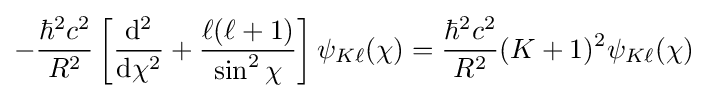
-{\frac {\hbar ^{2}c^{2}}{R^{2}}}\left[{\frac {{\mathrm {d} }^{2}}{{\mathrm {d} }\chi ^{2}}}+{\frac {\ell (\ell +1)}{\sin ^{2}\chi }}\right]\psi _{K\ell }(\chi )={\frac {\hbar ^{2}c^{2}}{R^{2}}}(K+1)^{2}\psi _{K\ell }(\chi )